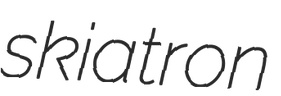
skiatron